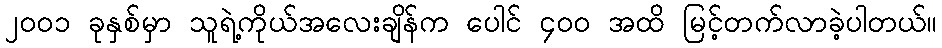
၂၀၀၁ ခုနှစ်မှာ သူရဲ့ကိုယ်အလေးချိန်က ပေါင် ၄၀၀ အထိ မြင့်တက်လာခဲ့ပါတယ်။